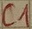
Text: C1